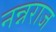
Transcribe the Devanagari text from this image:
नन्नराज